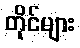
တိုင်များ